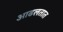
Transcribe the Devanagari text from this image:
आढलतात